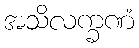
အသိလက္ခဏံ